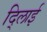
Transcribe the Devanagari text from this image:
दि्लाई